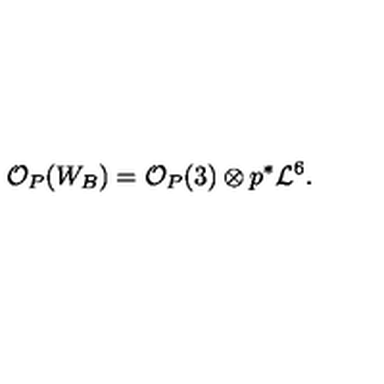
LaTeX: { \mathcal O } _ { P } ( W _ { B } ) = { \mathcal O } _ { P } ( 3 ) \otimes p ^ { * } { \mathcal L } ^ { 6 } .